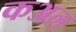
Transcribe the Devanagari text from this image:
कअल